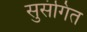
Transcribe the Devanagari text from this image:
सुसंगित